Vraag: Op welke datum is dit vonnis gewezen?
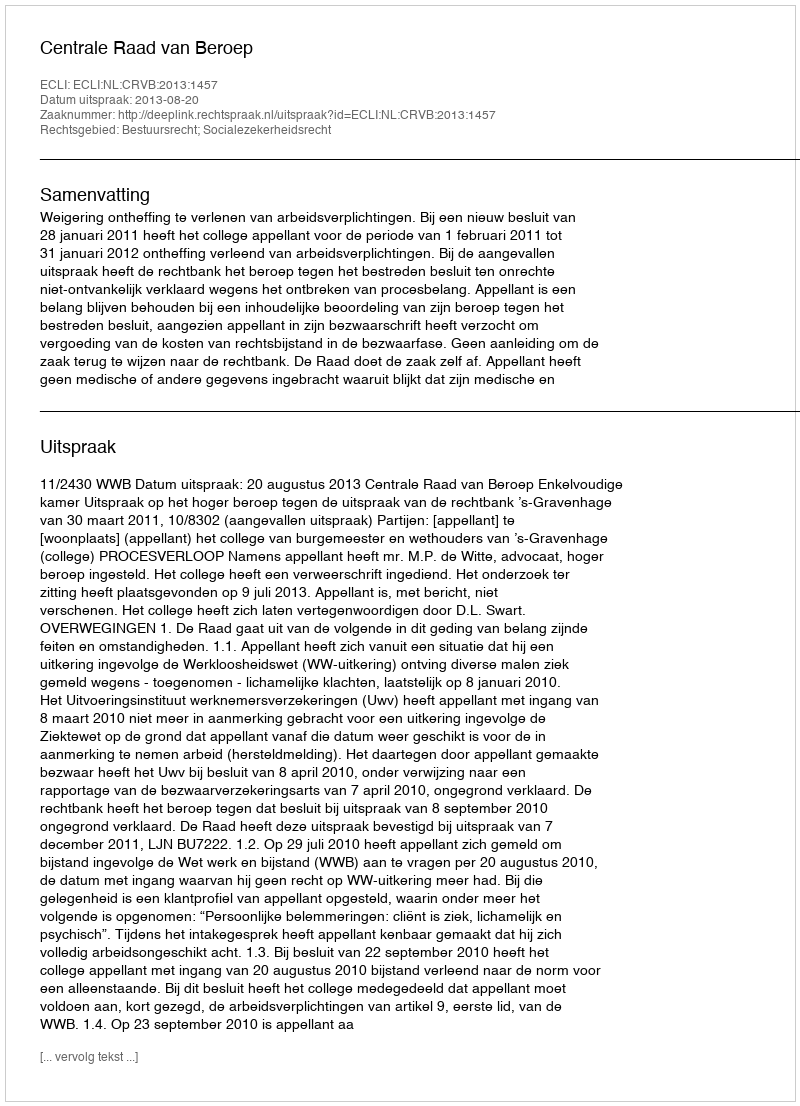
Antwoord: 2013-08-20